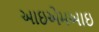
આઇએમઆઇ